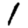
Digit: 1